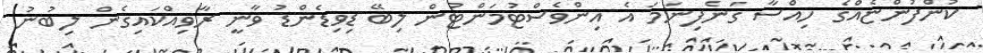
ކުންފުންޏެއްގެ ހިއްސާ ގަނެފިނަމަ އެ އިންވެސްޓުމަންޓުން ލިބޭ ޑިވިޑެންޑު ވާނީ ރާވިއްކައިގެން ލިބުނު